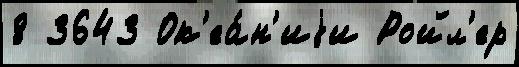
8 3643 Ок'еа́н'иjи Ройл'ер